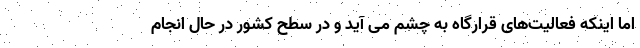
اما اینکه فعالیت‌های قرارگاه به چشم می آید و در سطح کشور در حال انجام